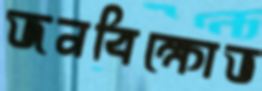
জনবিক্ষোভ